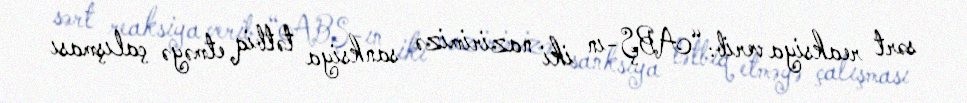
sərt reaksiya verib: “ABŞ-ın iki nazirimizə sanksiya tətbiq etməyə çalışması